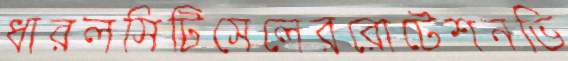
ধারলসিটিসেলেররোটেশনভি